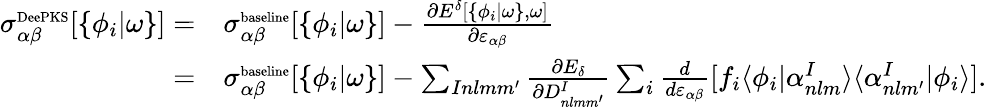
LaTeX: \begin{array}{rl}{\sigma_{\alpha\beta}^{\scriptsize{\textrm{DeePKS}}}[\{ \phi_{i}|\omega\} ]=}&{\sigma_{\alpha\beta}^{\scriptsize{\textrm{baseline}}}[\{ \phi_{i}|\omega\} ]-\frac{\partial E^{\delta}[\{ \phi_{i}|\omega\} ,\omega]}{\partial\varepsilon_{\alpha\beta}}}\\ {=}&{\sigma_{\alpha\beta}^{\scriptsize{\textrm{baseline}}}[\{ \phi_{i}|\omega\} ]-\sum_{Inlmm^{\prime}}\frac{\partial E_{\delta}}{\partial D_{nlmm^{\prime}}^{I}}\sum_{i}\frac{d}{d\varepsilon_{\alpha\beta}}[f_{i}\langle\phi_{i}|\alpha_{nlm}^{I}\rangle\langle\alpha_{nlm^{\prime}}^{I}|\phi_{i}\rangle].}\end{array}